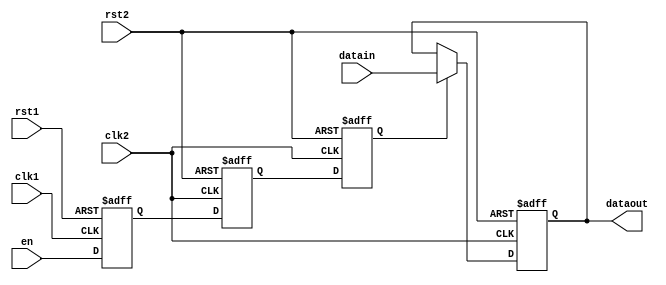
module mux_sync (
    input clk1,rst1,
    input clk2,rst2,
    input en,
    input [2:0] datain,
    output reg [2:0] dataout
);

reg q1,q2,q3;
wire [2:0] m;
always@(posedge clk1 or negedge rst1)
begin
    if (rst1 == 0)
        q1 <= 0;
    else 
        q1 <= en;
end

always@(posedge clk2 or negedge rst2)
begin
    if(rst2 ==0) begin
        q2 <= 0;
        q3 <= 0;
        dataout <= 0;
    end
    else begin
        q2 <= q1;
        q3 <= q2;
        dataout <= m;

    end
end
    
assign m = q3?datain:dataout;
endmodule